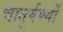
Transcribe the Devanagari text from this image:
चातुर्वर्ण्यों